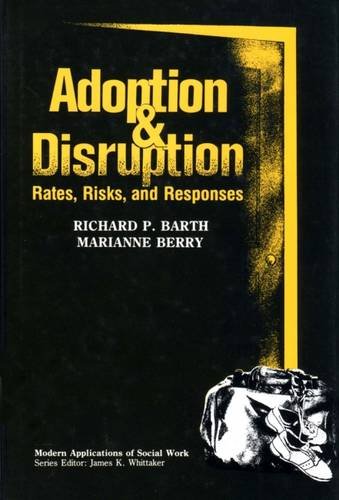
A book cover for Adoption and Disruption: Rates, Risks, and Responses (Modern Applications of Social Work); Marianne Berry; Parenting & Relationships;